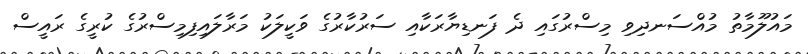
މައުލޫމާތު މުއްސަނދިވި މިސްރުގައި ދެ ފަނޑިޔާރަކާއި ސަރުކާރުގެ ވަކީލަކު މަރާލައިފިމިސްރުގެ ކުރީގެ ރައީސް